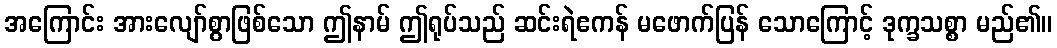
အကြောင်း အားလျော်စွာဖြစ်သော ဤနာမ် ဤရုပ်သည် ဆင်းရဲဧကန် မဖောက်ပြန် သောကြောင့် ဒုက္ခသစ္စာ မည်၏။